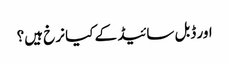
اور ڈبل سائیڈ کے کیا نرخ ہیں؟